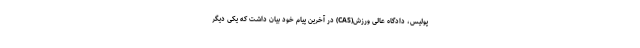
پولیس، دادگاه عالی ورزش(CAS) در آخرین پیام خود بیان داشت که یکی دیگر